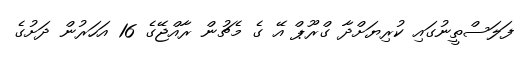
ފަލަސްތީނުގައި ކުރިޔަށްދާ ގްރޫޕް އޭ ގެ މެޗުން ރާއްޖޭގެ 16 އަހަރުން ދަށުގެ